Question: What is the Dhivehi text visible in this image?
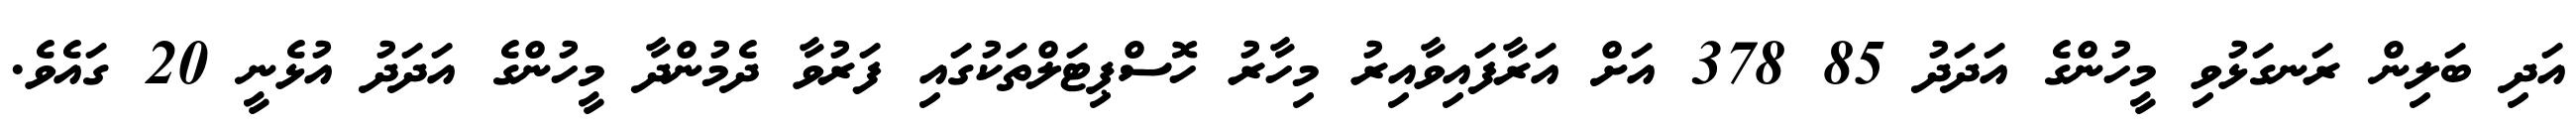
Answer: އަދި ބަލިން ރަނގަޅުވި މީހުންގެ އަދަދު 85 378 އަށް އަރާފައިވާއިރު މިހާރު ހޮސްޕިޓަލްތަކުގައި ފަރުވާ ދެމުންދާ މީހުންގެ އަދަދު އުޅެނީ 20 ގައެވެ.